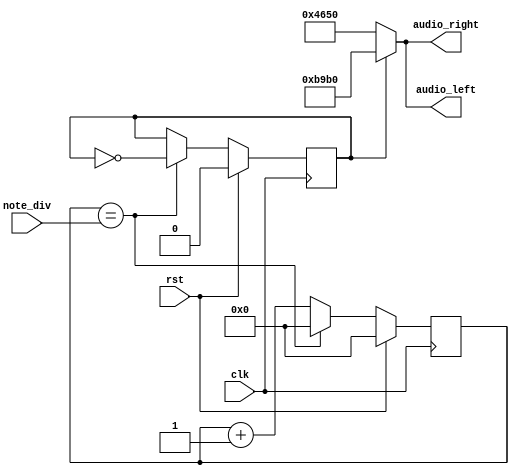
`timescale 1ns / 1ps
module note_gen(audio_left, audio_right, note_div, clk, rst);
    output [15:0] audio_left, audio_right; 
    input clk, rst; 
    input [21:0] note_div; 
        
    reg [21:0]clk_cnt;
    reg b_clk; 
    always @(posedge clk) begin
        if (rst) begin
            clk_cnt = 0;
            b_clk = 0;
        end
        else if (clk_cnt == note_div) begin
            b_clk = ~b_clk;
            clk_cnt = 0;
        end
        else begin
            clk_cnt = clk_cnt + 1;
        end
    end
    
    // Assign the amplitude of the note
    assign audio_left = (b_clk == 1'b0) ? 16'b0100_0110_0101_0000 : 16'b1011_1001_1011_0000;
    assign audio_right = (b_clk == 1'b0) ? 16'b0100_0110_0101_0000 : 16'b1011_1001_1011_0000;
endmodule